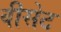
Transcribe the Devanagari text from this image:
वीसेट